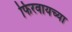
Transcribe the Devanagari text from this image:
फिरवायच्या